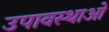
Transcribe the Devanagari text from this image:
उपावस्थाओं